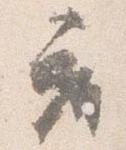
座